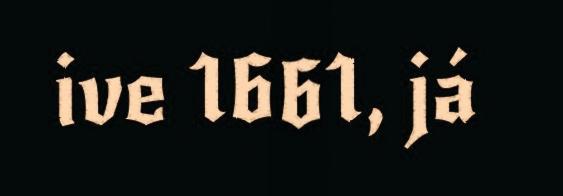
ive 1661, já